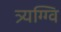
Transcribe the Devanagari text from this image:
त्र्यग्ग्वि